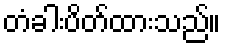
တံခါးပိတ်ထားသည်။